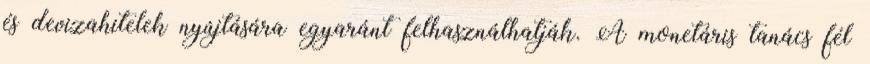
és devizahitelek nyújtására egyaránt felhasználhatják. A monetáris tanács fél